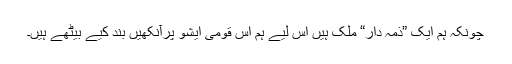
چونکہ ہم ایک ”ذمہ دار“ ملک ہیں اس لیے ہم اس قومی ایشو پرآنکھیں بند کیے بیٹھے ہیں۔